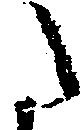
た